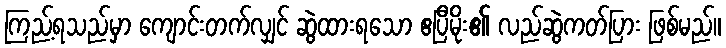
ကြည့်ရသည်မှာ ကျောင်းတက်လျှင် ဆွဲထားရသော ဧပြီမိုး၏ လည်ဆွဲကတ်ပြား ဖြစ်မည်။